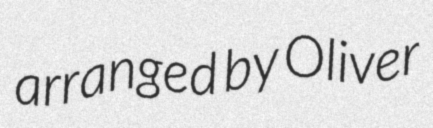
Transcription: arranged by Oliver